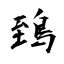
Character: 鵄